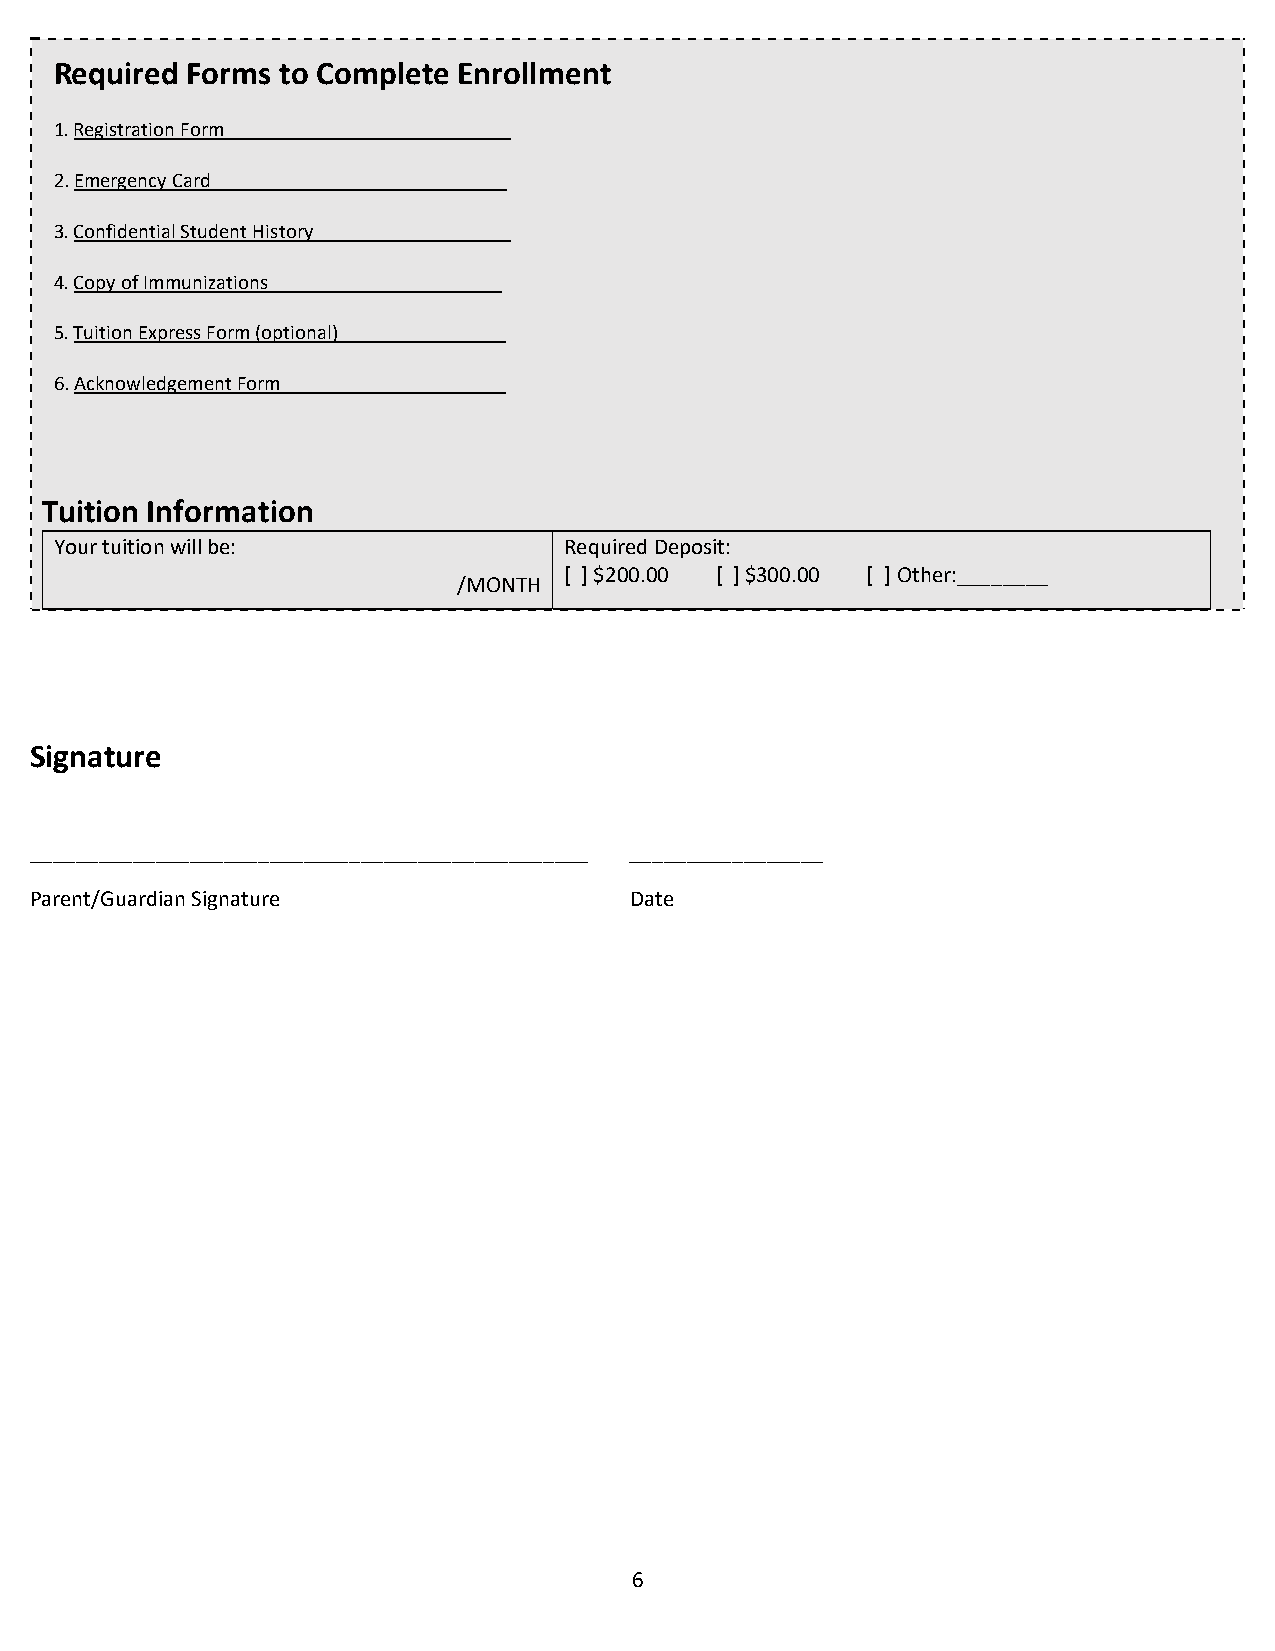
Required Forms to Complete Enrollment
 1. Registration Form ___________________________
 2. Emergency Card ____________________________
 3. Confidential Student History___________________
 4. Copy of Immunizations ______________________
 5. Tuition Express Form (optional)________________
 6. Acknowledgement Form ________________ _
 Tuition Information
 Your tuition will be:            Required Deposit:
 [ ] $200.00 [ ] $300.00 [ ] Other:________
 /MONTH
 Signature
 _________________________________________________ _________________
 Parent/Guardian Signature               Date
 6